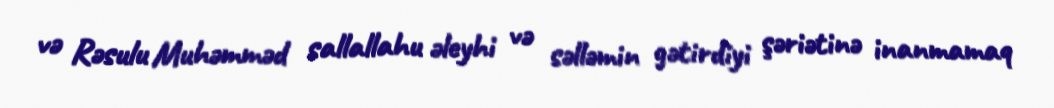
və Rəsulu Muhəmməd sallallahu əleyhi və səlləmin gətirdiyi şəriətinə inanmamaq